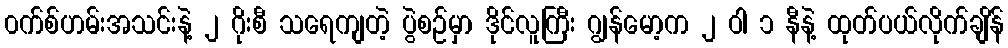
၀က်စ်ဟမ်းအသင်းနဲ့ ၂ ဂိုးစီ သရေကျတဲ့ ပွဲစဉ်မှာ ဒိုင်လူကြီး ဂျွန်မော့က ၂ ဝါ ၁ နီနဲ့ ထုတ်ပယ်လိုက်ချိန်